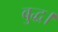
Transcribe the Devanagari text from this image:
बुद्ध।